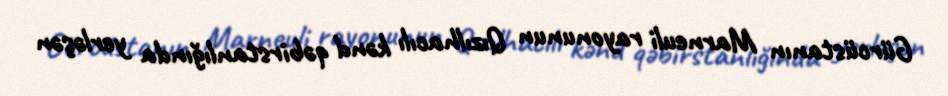
Gürcüstanın Marneuli rayonunun Qızılhacılı kənd qəbirstanlığında yerləşən